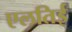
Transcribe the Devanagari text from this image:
एलतिई